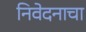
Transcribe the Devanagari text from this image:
निवेदनाचा